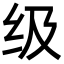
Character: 级